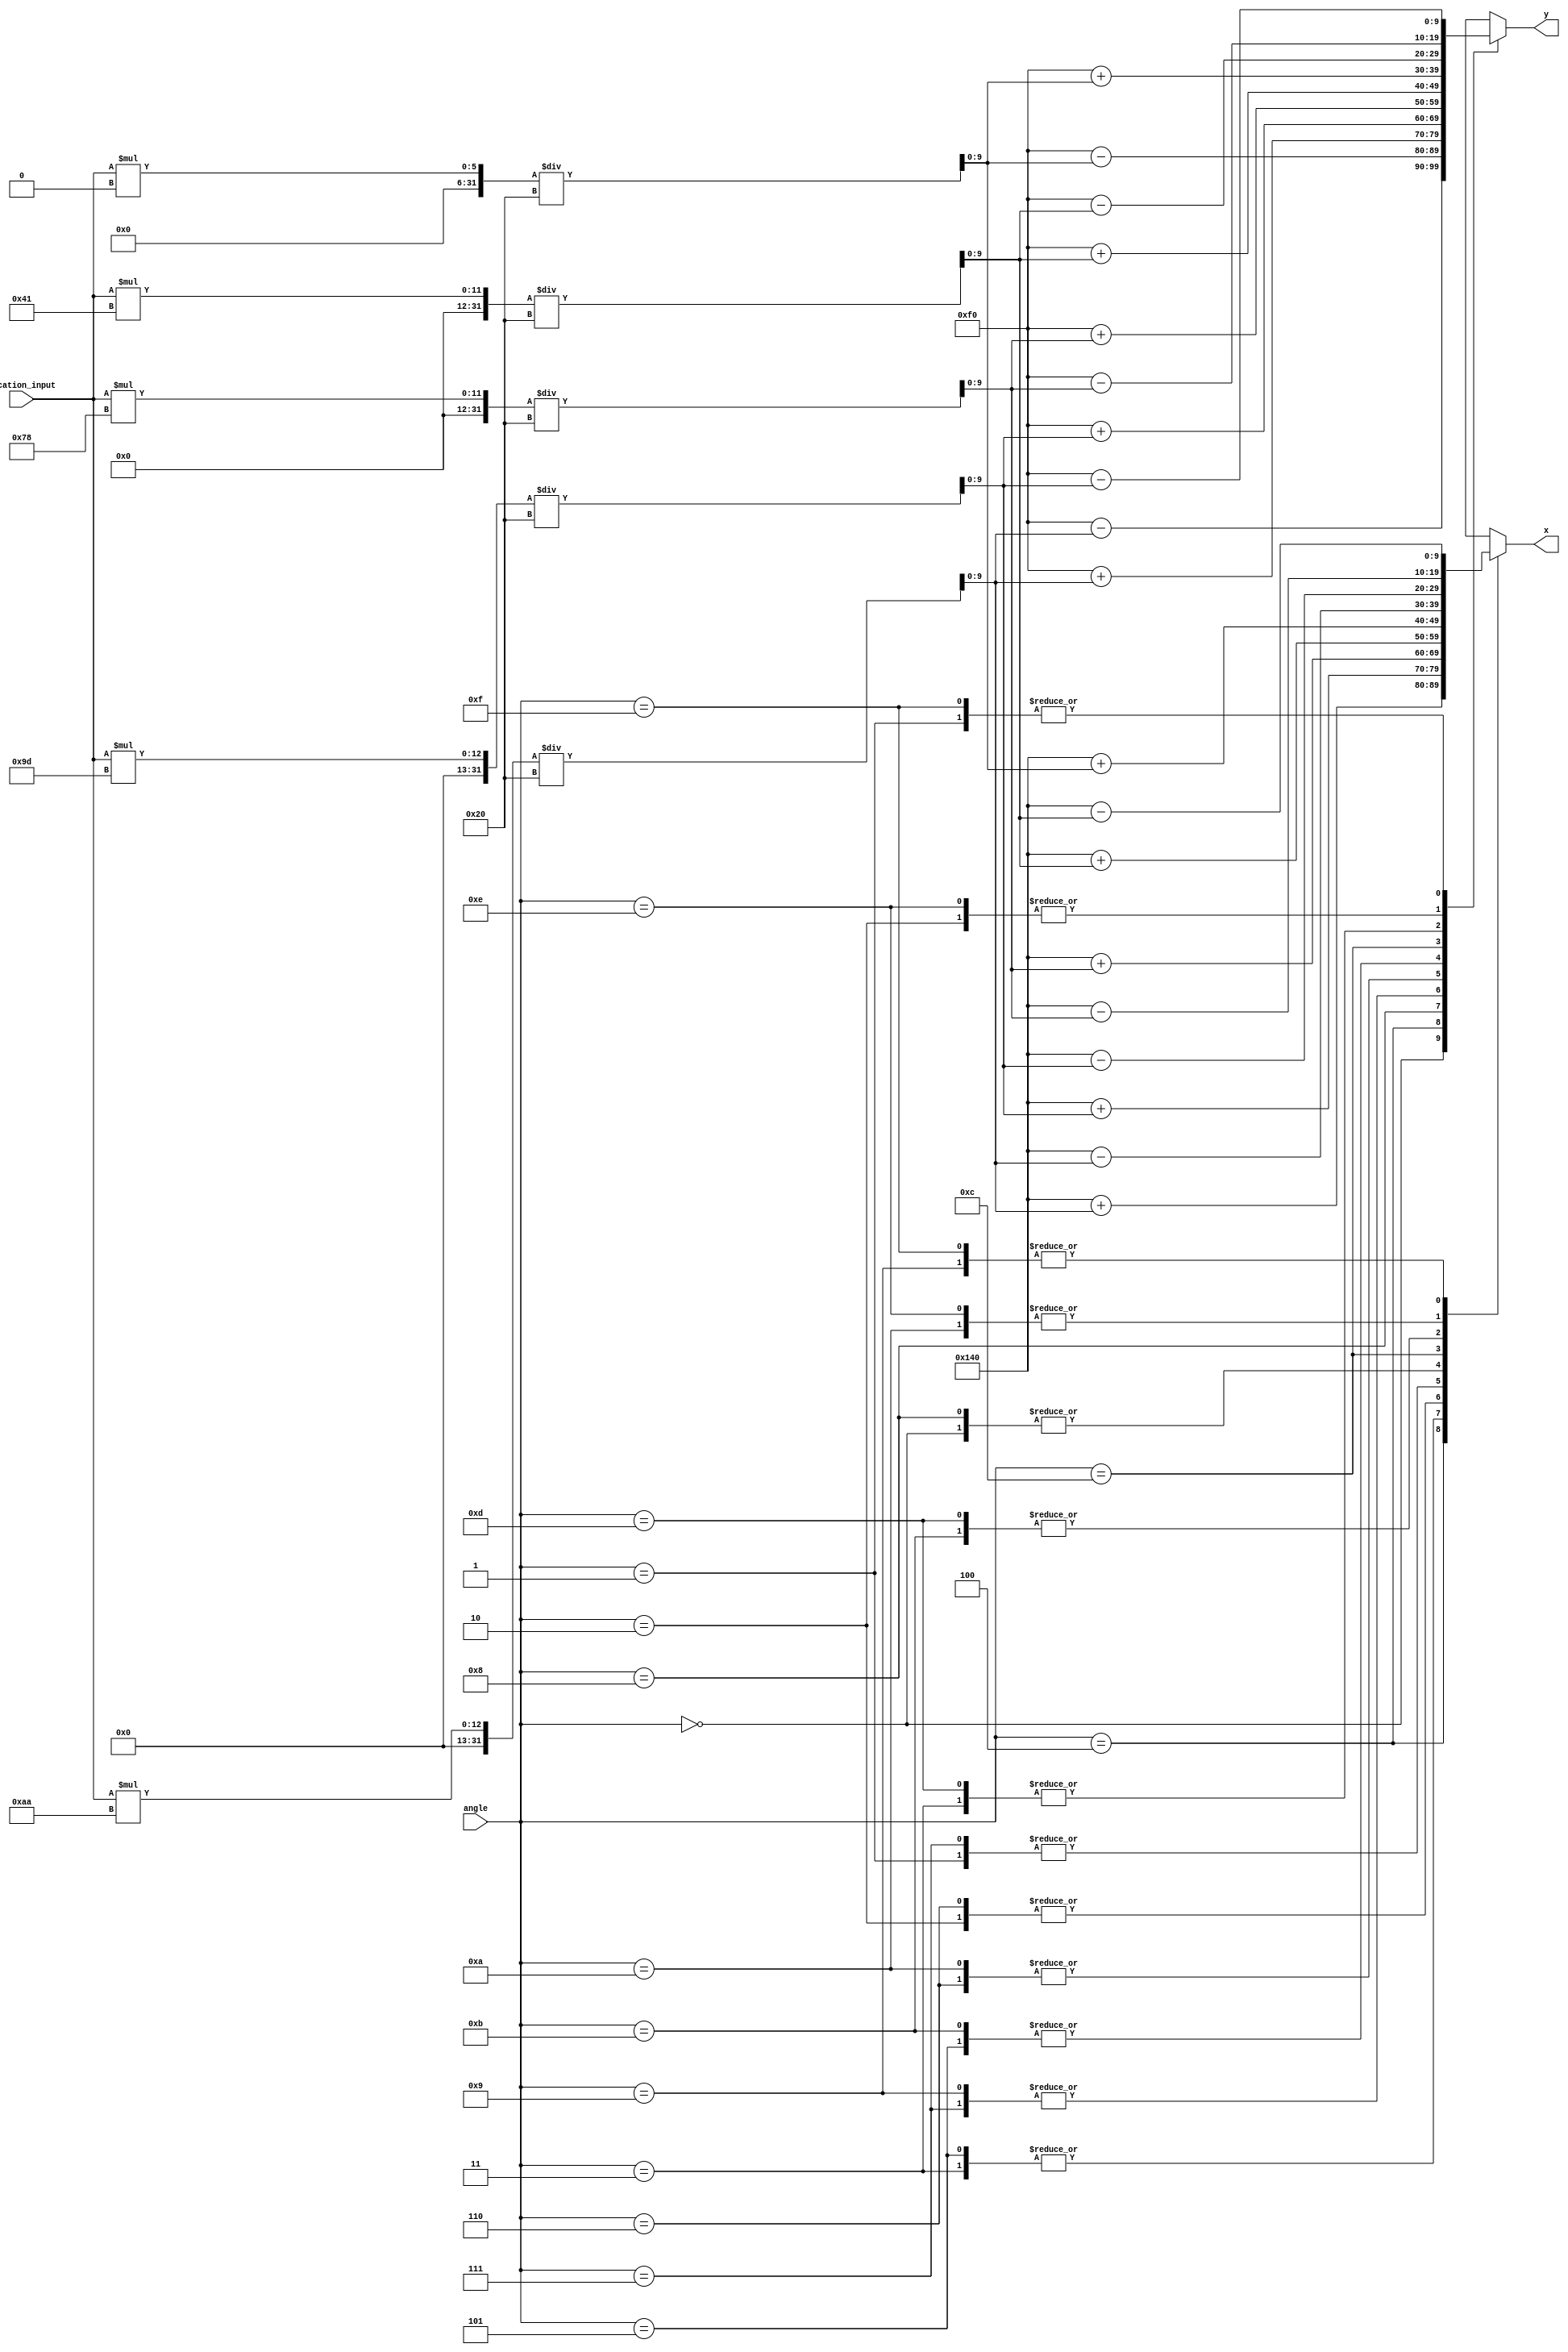
module location(
input [3:0] angle,
input [4:0] location_input,
output reg [9:0] x,
output reg [9:0] y 
);

reg radius = 170; 

always @(*) begin
	radius = 170;
	case (angle) 
		4'd0: begin
			x = 320+((location_input*15'd0)/32);
			y = 240-((location_input*15'd170)/32);
		end
		4'd1: begin
			x = 320+((location_input*15'd65)/32);
			y = 240-((location_input*15'd157)/32);
		end
		4'd2: begin
			x = 320+((location_input*15'd120)/32);
			y = 240-((location_input*15'd120)/32);
		end
		4'd3: begin
			x = 320+((location_input*15'd157)/32);
			y = 240-((location_input*15'd65)/32);			
		end
		4'd4: begin
			x = 320+((location_input*15'd170)/32);
			y = 240-((location_input*15'd0)/32);		
		end
		4'd5: begin
			x = 320+((location_input*15'd157)/32);
			y = 240+((location_input*15'd65)/32);			
		end
		4'd6: begin
			x = 320+((location_input*15'd120)/32);
			y = 240+((location_input*15'd120)/32);		
		end 		
		4'd7: begin
			x = 320+((location_input*15'd65)/32);
			y = 240+((location_input*15'd157)/32);		
		end	
		4'd8: begin
			x = 320+((location_input*15'd0)/32);
			y = 240+((location_input*15'd170)/32);		
		end	
		4'd9: begin
			x = 320-((location_input*15'd65)/32);
			y = 240+((location_input*15'd157)/32);		
		end	
		4'd10: begin
			x = 320-((location_input*15'd120)/32);
			y = 240+((location_input*15'd120)/32);		
		end
		4'd11: begin
			x = 320-((location_input*15'd157)/32);
			y = 240+((location_input*15'd65)/32);		
		end
		4'd12: begin
			x = 320-((location_input*15'd170)/32);
			y = 240+((location_input*15'd0)/32);		
		end
		4'd13: begin
			x = 320-((location_input*15'd157)/32);
			y = 240-((location_input*15'd65)/32);		
		end
		4'd14: begin
			x = 320-((location_input*15'd120)/32);
			y = 240-((location_input*15'd120)/32);		
		end
		4'd15: begin
			x = 320-((location_input*15'd65)/32);
			y = 240-((location_input*15'd157)/32);		
		end
	endcase
end 
endmodule